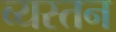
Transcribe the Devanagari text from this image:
व्यस्तन